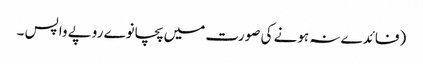
(فائدے نہ ہونے کی صورت میں پچانوے روپے واپس ۔